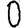
Digit: 0